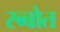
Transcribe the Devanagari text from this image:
रब्बोत